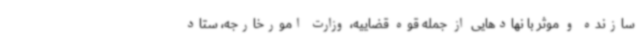
سازنده و موثر با نهادهایی از جمله قوه قضاییه، وزارت امورخارجه، ستاد